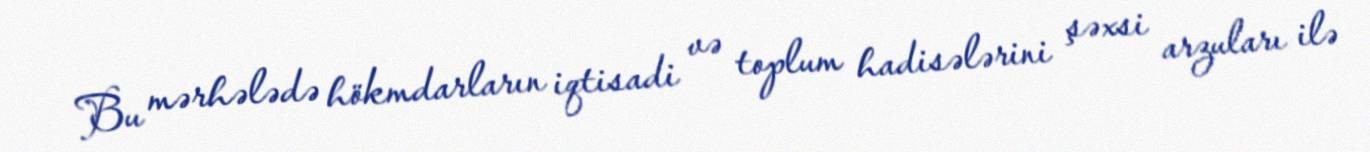
Bu mərhələdə hökmdarların iqtisadi və toplum hadisələrini şəxsi arzuları ilə